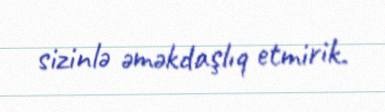
sizinlə əməkdaşlıq etmirik.